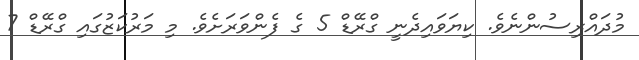
މުދައްރިސުންނެވެ. ކިޔަވައިދެނީ ގްރޭޑް 5 ގެ ފެންވަރަށެވެ. މި މަރުކަޒުގައި ގްރޭޑް 7